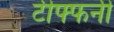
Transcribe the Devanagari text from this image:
टीफ्फनी